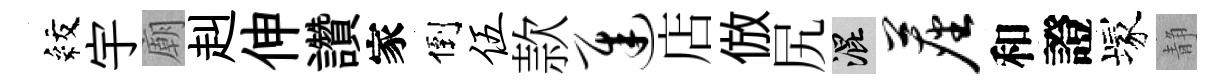
紋宇廟赳伸讚家倒伍款迟店倣尻混尘和證塚静